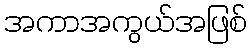
အကာအကွယ်အဖြစ်